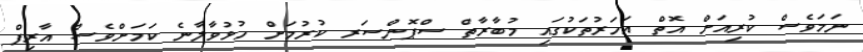
ނަމަވެސް ކުރިއަށް އޮތް އަހަރުތަކުގައި މުބާރާތް ސްޕޮންސަރ ކުރުމަށް ހުޅުވާލާނެ ކަމަށްވެސް އާރިފް